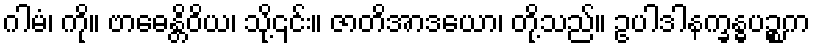
ဂါမံ၊ ကို။ ဗာဓေန္တိဝိယ၊ သို့၎င်း။ ဇာတိအာဒယော၊ တို့သည်။ ဥပါဒါနက္ခန္ဓပဉ္စက